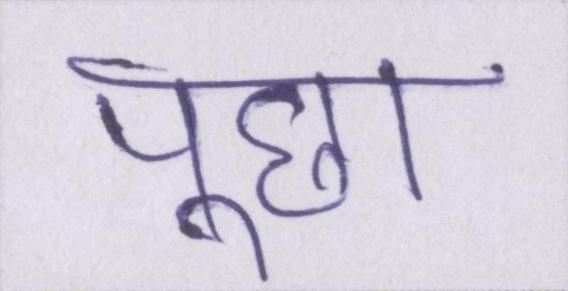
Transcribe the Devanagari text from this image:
पूछा